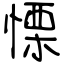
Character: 慄